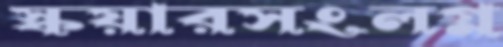
স্কয়ারসংলগ্ন